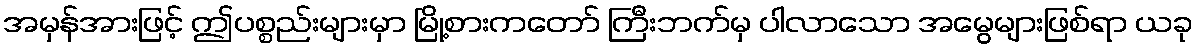
အမှန်အားဖြင့် ဤပစ္စည်းများမှာ မြို့စားကတော် ကြီးဘက်မှ ပါလာသော အမွေများဖြစ်ရာ ယခု